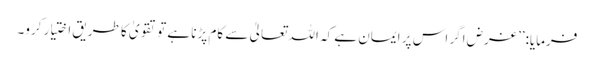
فرمایا:’’ غرض اگر اس پر ایمان ہے کہ اللہ تعالیٰ سے کام پڑنا ہے تو تقویٰ کا طریق اختیار کرو۔